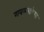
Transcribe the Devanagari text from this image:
गवळ्यांच्या